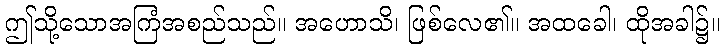
ဤသို့သောအကြံအစည်သည်။ အဟောသိ၊ ဖြစ်လေ၏။ အထခေါ၊ ထိုအခါ၌။